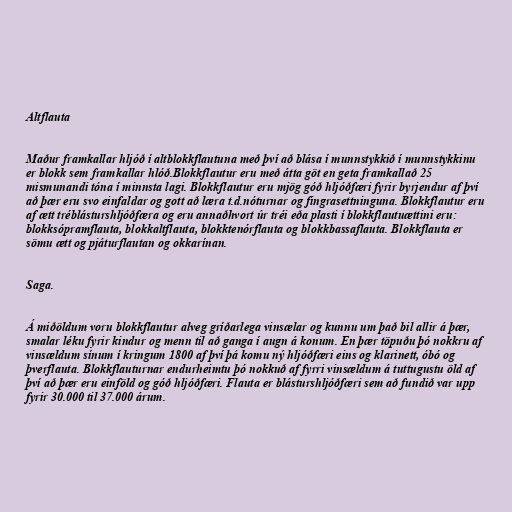
Altflauta

Maður framkallar hljóð í altblokkflautuna með því að blása í munnstykkið í munnstykkinu
er blokk sem framkallar hlóð.Blokkflautur eru með átta göt en geta framkallað 25
mismunandi tóna í minnsta lagi. Blokkflautur eru mjög góð hljóðfæri fyrir byrjendur af því
að þær eru svo einfaldar og gott að læra t.d.nóturnar og fingrasettninguna. Blokkflautur eru
af ætt tréblásturshljóðfæra og eru annaðhvort úr tréi eða plasti í blokkflautuættini eru:
blokksópramflauta, blokkaltflauta, blokktenórflauta og blokkbassaflauta. Blokkflauta er
sömu ætt og pjáturflautan og okkarínan.

Saga.

Á miðöldum voru blokkflautur alveg gríðarlega vinsælar og kunnu um það bil allir á þær,
smalar léku fyrir kindur og menn til að ganga í augn á konum. En þær töpuðu þó nokkru af
vinsældum sínum í kringum 1800 af því þá komu ný hljóðfæri eins og klarinett, óbó og
þverflauta. Blokkflauturnar endurheimtu þó nokkuð af fyrri vinsældum á tuttugustu öld af
því að þær eru einföld og góð hljóðfæri. Flauta er blásturshljóðfæri sem að fundið var upp
fyrir 30.000 til 37.000 árum.